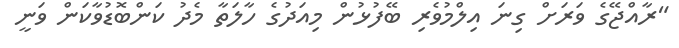
"ރާއްޖޭގެ ވަރަށް ގިނަ އިލްމުވެރި ބޭފުޅުން މިއަދުގެ ހާލަތާ މެދު ކަންބޮޑުވާކަން ވަނީ